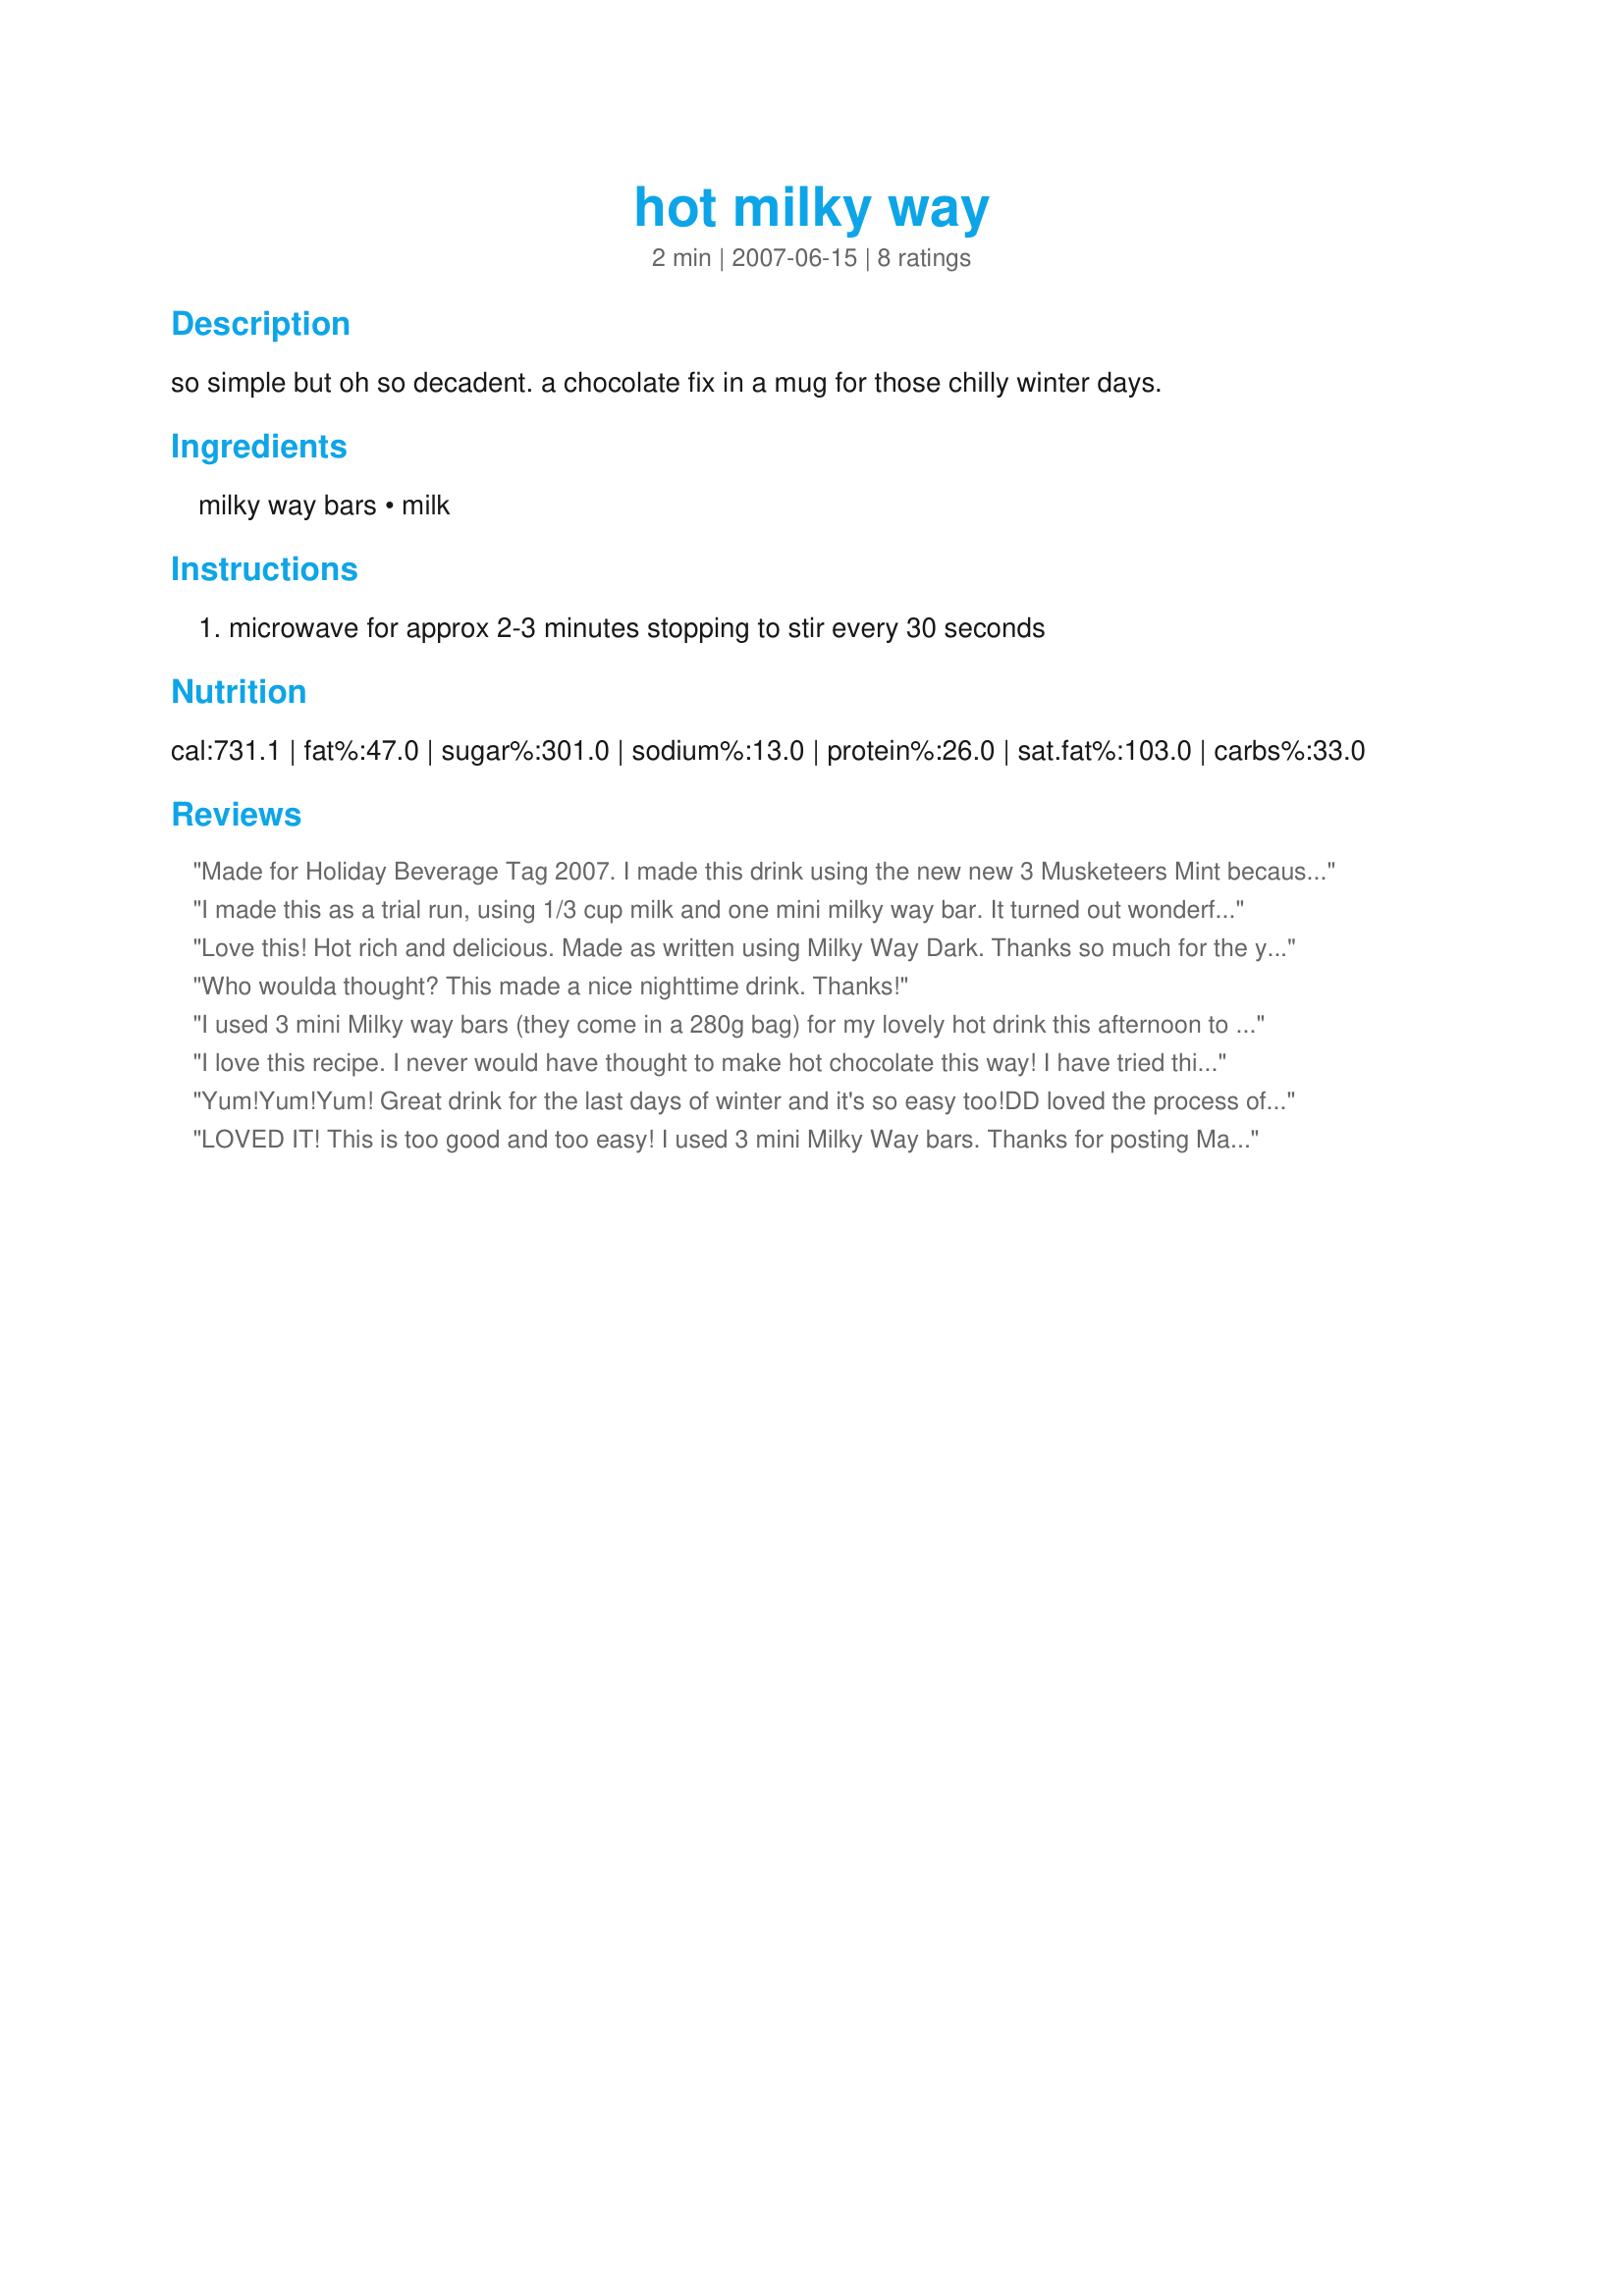
hot milky way
Preparation time: 2 minutes

so simple but oh so decadent. a chocolate fix in a mug for those chilly winter days.

Ingredients:
milky way bars, milk

Steps:
microwave for approx 2-3 minutes stopping to stir every 30 seconds

Reviews:
Made for Holiday Beverage Tag 2007. I made this drink using the new new 3 Musketeers Mint because I had just recently bought a package of these. I thought it sounded like it would make a good drink. . .and I was right. This made a delicious hot chcolate drink. I will try this with the Milky Way bars, but I really did like it with the 3 Musketeers Mint. It was also super easy to make. I think I just found my new favorite winter drink. Thanks for a super great recipe, Mandy.
I made this as a trial run, using 1/3 cup milk and one mini milky way bar. It turned out wonderfully. It is almost 80 degrees, so still not cold enough to desire a large hot chocolate. But when it does cool off, this will be enjoyed again. Thanks for sharing Mandy. Made for stars tag.
Love this! Hot rich and delicious. Made as written using Milky Way Dark. Thanks so much for the yummy post.
Who woulda thought? This made a nice nighttime drink. Thanks!
I used 3 mini Milky way bars (they come in a 280g bag) for my lovely hot drink this afternoon to brighten up an otherwise very dreary day. Another winner & keeper :)
I love this recipe. I never would have thought to make hot chocolate this way! I have tried this with 3 mini milky way bars and also with the mint 3 musketeer bars. Thanks for posting!
Yum!Yum!Yum! Great drink for the last days of winter and it's so easy too!DD loved the process of making it!She was amazed when she saw that Milky Way go into the microwave.Thanks for sharing.
LOVED IT! This is too good and too easy! I used 3 mini Milky Way bars. Thanks for posting Mandy! Made for Beverage Tag, please see my rating system.
